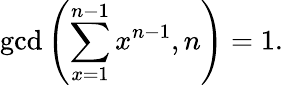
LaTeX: \operatorname*{gcd}\left(\sum_{x=1}^{n-1}x^{n-1},n\right)=1.